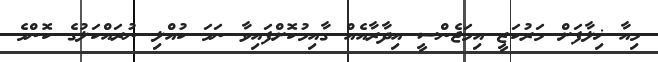
މިއާ ޚިލާފަށް މަރުކަޒީ އިމަޖެންސީ އިދާރާއެއް ގާއިމުކޮށްފައިވާ ނަމަ ކުއްލި ނުރައްކަލުގެ ކޮންމެ